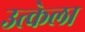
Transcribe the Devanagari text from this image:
उत्केला